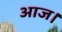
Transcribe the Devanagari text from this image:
आज।